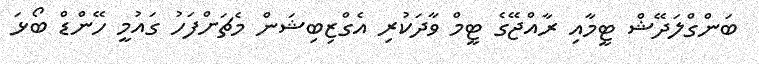
ބަންގްލަދޭޝް ޓީމާއި ރާއްޖޭގެ ޓީމް ވާދަކުރި އެގްޒިބިޝަން މެޗަށްފަހު ގައުމީ ހޭންޑް ބޯޅަ